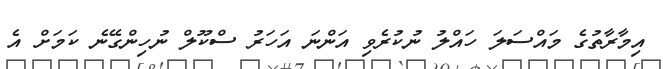
އިމާރާތުގެ މައްސަލަ ހައްލު ނުކުރެވި އަންނަ އަހަރު ސްކޫލް ނުހިންގޭނެ ކަމަށް އެ